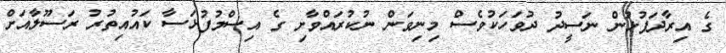
ގެ އިރާދަފުޅުން ނަސީދު ދުވަހަކުވެސް މިނިވަން ނުކުރައްވާށި ގެ އިސްމުފުޅަސާ ކައުއިތުރު ރަސޫލާއަށް